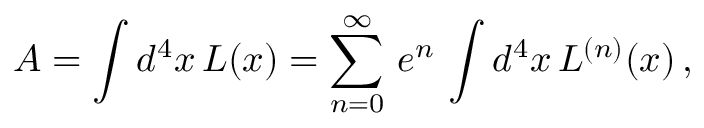
A = \int d ^ { 4 } x \, { \cal L } ( x ) = \sum _ { n = 0 } ^ { \infty } \, e ^ { n } \, \int d ^ { 4 } x \, { \cal L } ^ { ( n ) } ( x ) \, ,